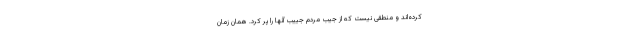
کرده‌اند و منطقی نیست که از جیب مردم جییب آنها را پر کرد. همان زمان